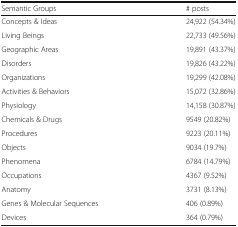
<table><thead><tr><td><b>Semantic Groups</b></td><td><b># posts</b></td></tr></thead><tbody><tr><td>Concepts &amp; Ideas</td><td>24,922 (54.34%)</td></tr><tr><td>Living Beings</td><td>22,733 (49.56%)</td></tr><tr><td>Geographic Areas</td><td>19,891 (43.37%)</td></tr><tr><td>Disorders</td><td>19,826 (43.22%)</td></tr><tr><td>Organizations</td><td>19,299 (42.08%)</td></tr><tr><td>Activities &amp; Behaviors</td><td>15,072 (32.86%)</td></tr><tr><td>Physiology</td><td>14,158 (30.87%)</td></tr><tr><td>Chemicals &amp; Drugs</td><td>9549 (20.82%)</td></tr><tr><td>Procedures</td><td>9223 (20.11%)</td></tr><tr><td>Objects</td><td>9034 (19.7%)</td></tr><tr><td>Phenomena</td><td>6784 (14.79%)</td></tr><tr><td>Occupations</td><td>4367 (9.52%)</td></tr><tr><td>Anatomy</td><td>3731 (8.13%)</td></tr><tr><td>Genes &amp; Molecular Sequences</td><td>406 (0.89%)</td></tr><tr><td>Devices</td><td>364 (0.79%)</td></tr></tbody></table>